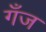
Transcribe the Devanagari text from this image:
गँज